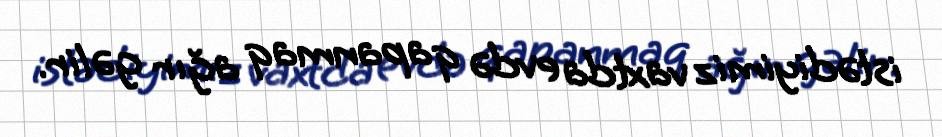
istədiyimiz vaxtda evdə qapanmaq ağır gəlir.